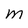
Character: m